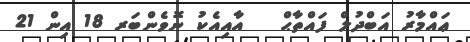
ޢައްމާރު އަބްދުލް ފައްތާޙް   އާއިއެކު ނޮވެންބަރ 18 އިން 21